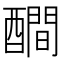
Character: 𨣉